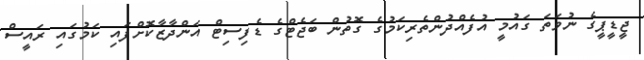
ޖީޑީޕީގެ ނުވަތަ ގައުމީ އުފެއްދުންތެރިކަމުގެ ގޮތުން ބަޖެޓްގެ ޑެފިސިޓް އަންދާޒާކޮށްފައި ކަމުގައި ރައީސް